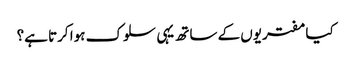
کیا مفتریوں کے ساتھ یہی سلوک ہوا کرتا ہے؟